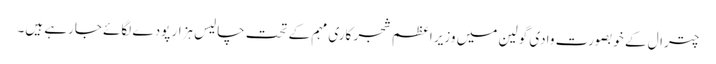
چترال کے خوبصورت وادی گولین میں وزیر اعظم شجر کاری مہم کے تحت چالیس ہزار پودے لگائے جارہے ہیں۔